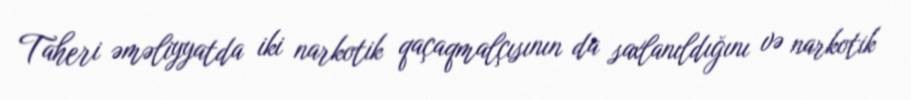
Taheri əməliyyatda iki narkotik qaçaqmalçısının da saxlanıldığını və narkotik